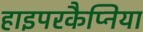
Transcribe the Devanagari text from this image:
हाइपरकैप्निया